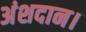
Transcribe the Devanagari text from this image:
अंशदान।